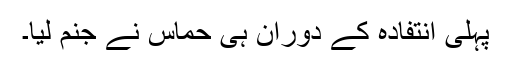
پہلی انتفادہ کے دوران ہی حماس نے جنم لیا۔